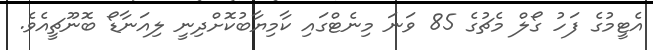
އެޓީމުގެ ފަހު ގޯލް މެޗުގެ 85 ވަނަ މިނެޓްގައި ކާމިޔާބުކޮށްދިނީ ލިއަނާޑޯ ބޮނޫޗީއެވެ.